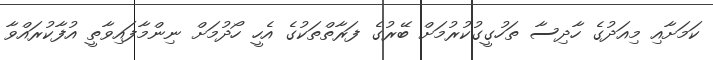
ކަމަށާއި މިއަދުގެ ހާދިސާ ތަހުގީގުކުރުމަށް ބޭރުގެ ފަރާތްތަކުގެ އެހީ ހޯދުމަށް ނިންމާފައިވާތީ އުފާކުރައްވާ